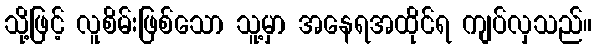
သို့ဖြင့် လူစိမ်းဖြစ်သော သူ့မှာ အနေရအထိုင်ရ ကျပ်လှသည်။